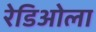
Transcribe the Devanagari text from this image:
रेडिओला